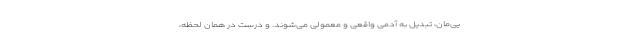
‌یی‌مان، تبدیل به آدمی واقعی و معمولی می‌شوند. و درست در همان لحظه،